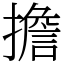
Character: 擔